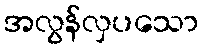
အလွန်လှပသော